NAE_EAA_T-354_Tartu_Tamme_Gumnaasium, lk 16
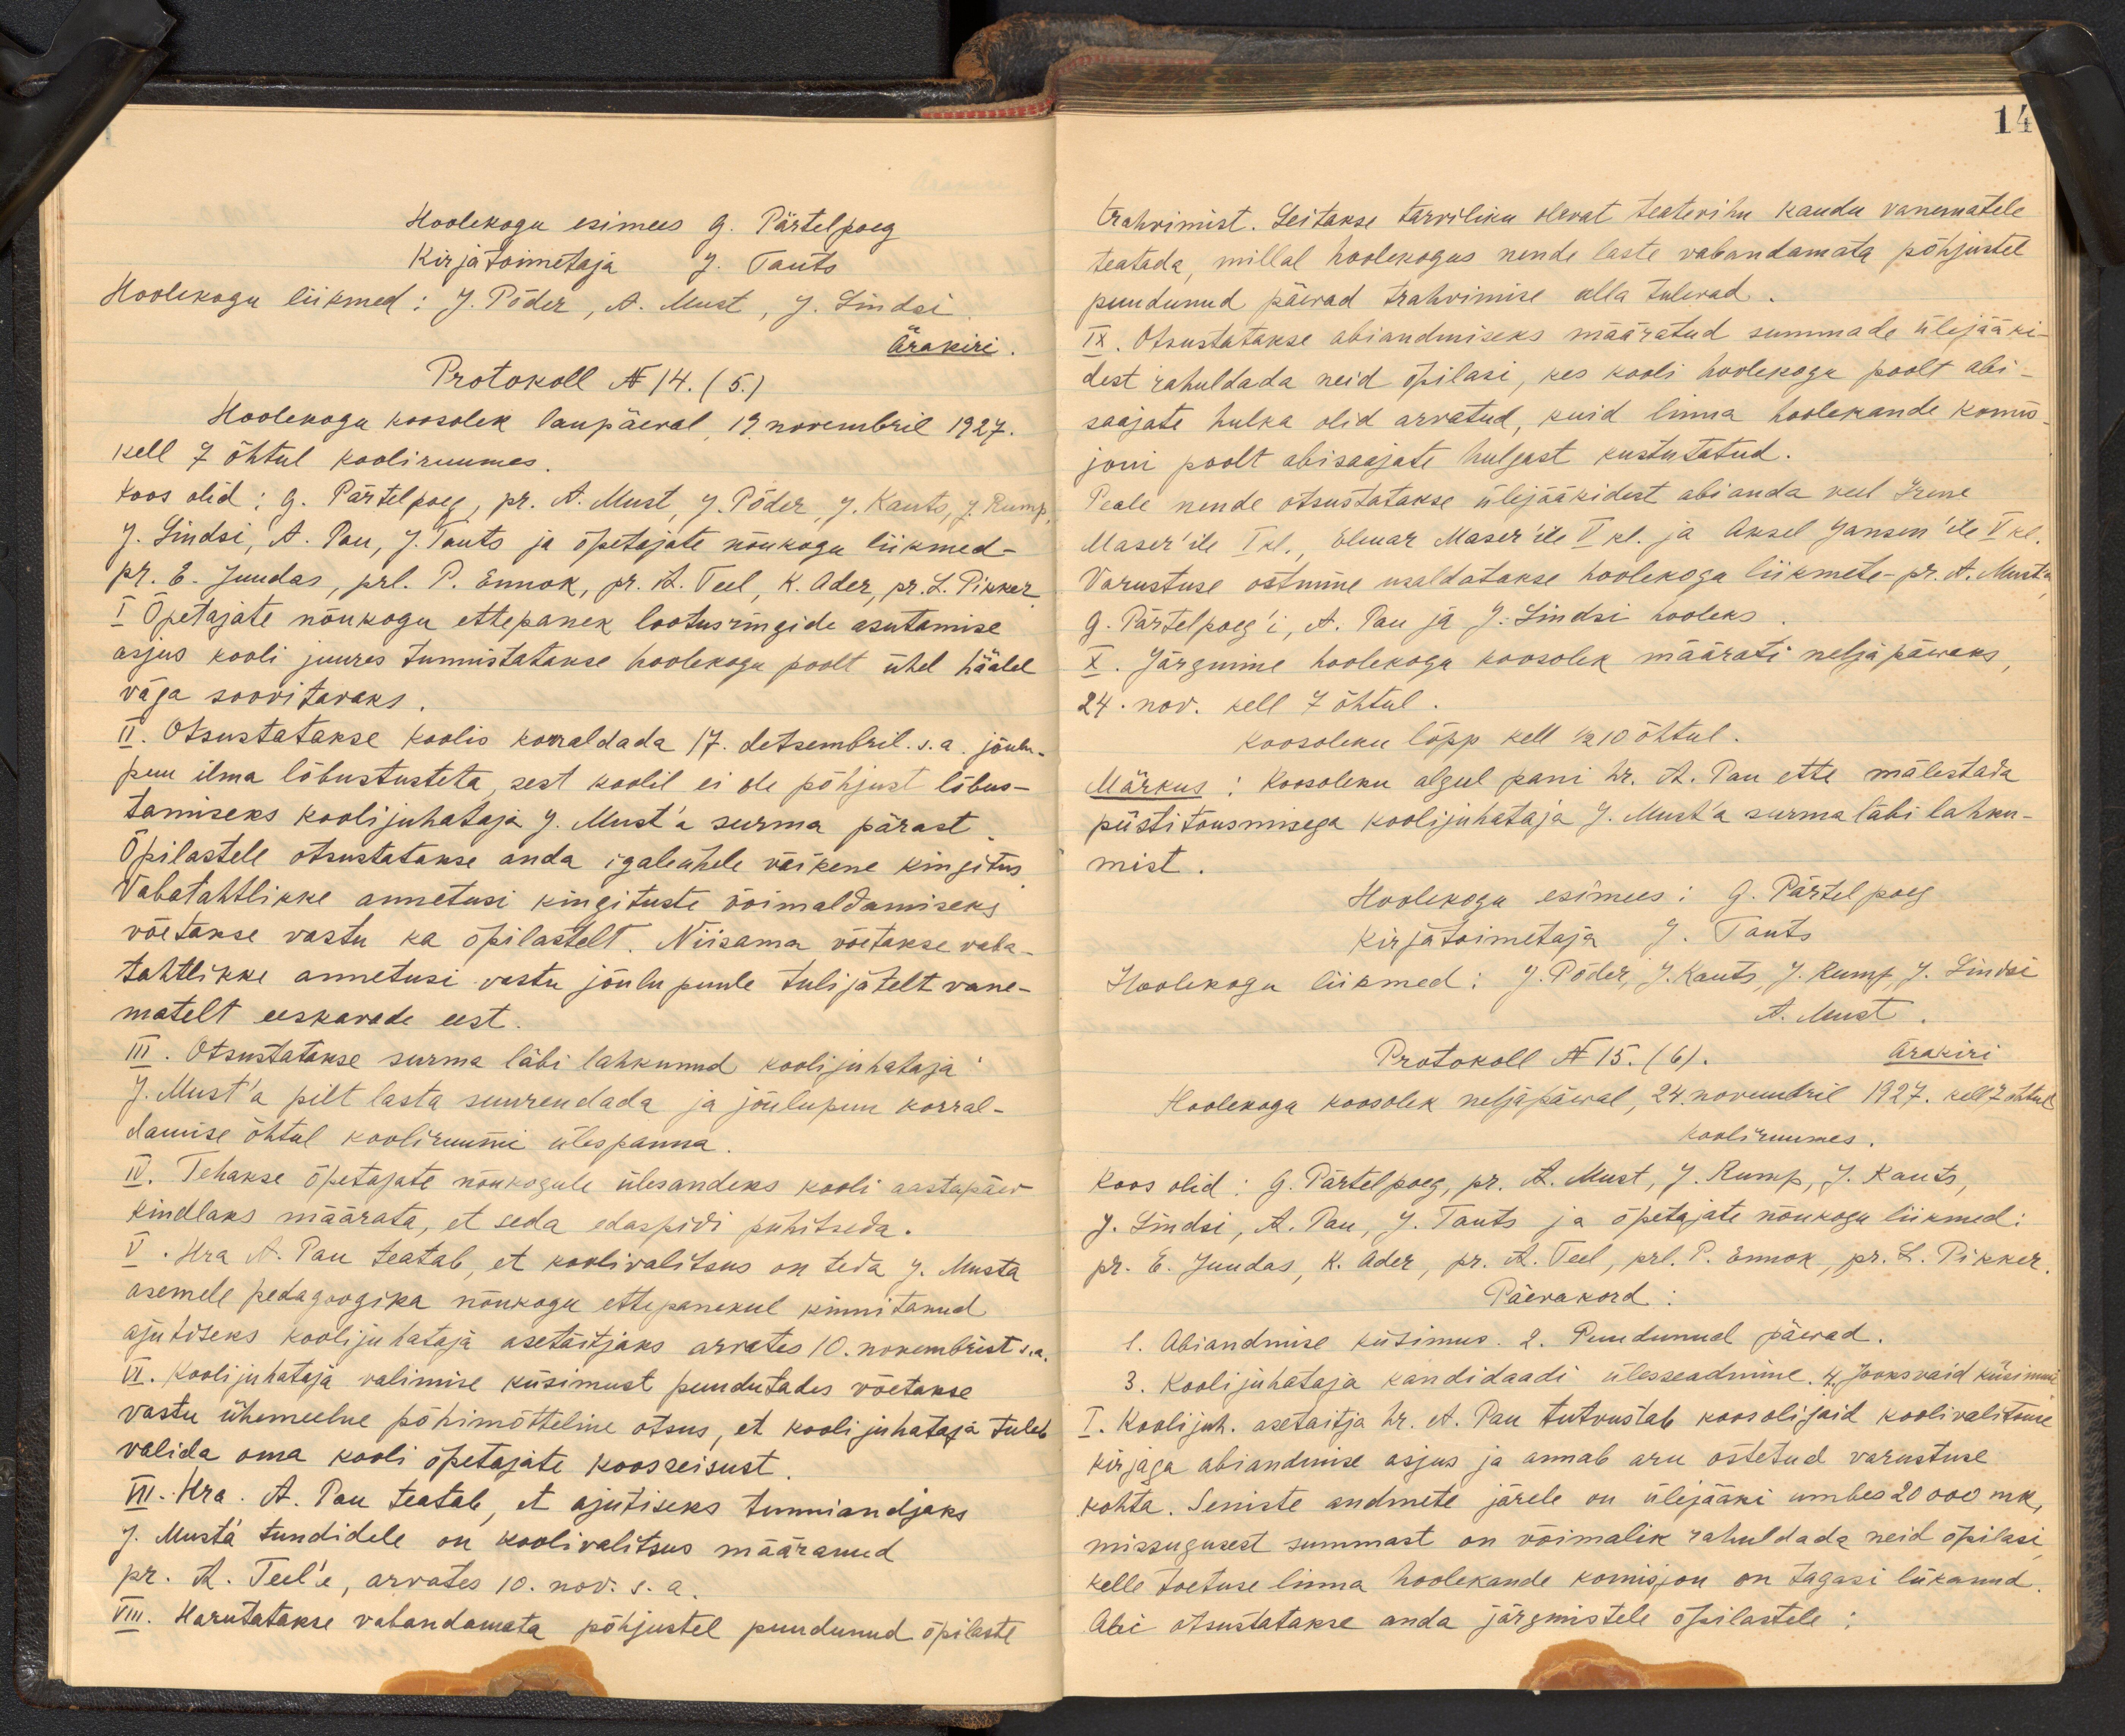
14

Hoolekogu esimees G. Pärtelpoeg
Kirjatoimetaja J. Tauts.
Hoolekogu liikmed: J. Põder, A. Must, J. Lindsi
Ärakiri.
Protokoll No 14. (5)
Hoolekogu koosolek laupäeval 19 novembril 1927.
kell 7 õhtul kooliruumes.
Koos olid: G. Pärtelpoeg, pr. A. Must, J. Põder, J. Kauts, J Rump.
J. Lindsi, A. Pau, J. Tauts ja õpetajate nõukogu liikmed-
рг. E. Juudas, prl. P. Ennok, pr. R. Teel, K. Ader, pr. L. Pikker
I Õpetajate nõukogu ettepanek lootusringide asutamise
asjus kooli juures tunnistatakse hoolekogu poolt ühel häälel
väga soovitavaks.
II. Otsustatakse koolis korraldada 17. detsembril. s.a. jõulu-
puu ilma lõbustusteta, sest koolil ei ole põhjust lõbus-
tamiseks kooli juhataja J. Must'a surma pärast
Õpilastele otsustatakse anda igaleühele väikene kingitus
Vabatahtlikke annetusi kingituste võimaldamiseks
võetakse vastu ka õpilastelt. Niisama võitakse vaba-
tahtlikke annetusi vastu jõulu puule tulijatelt vane-
matelt eeskavade eest.
III. Otsustatakse surma läbi lahkunud kooli juhataja
J. Must'a pilt lasta suurendada ja jõulupuu korral-
damise õhtul kooliruumi ülespanna.
IV. Tehakse õpetajate nõukogule ülesandeks kooli aastapäev
kindlaks määrata, et seda edaspidi pühitseda.
V. Hra A. Pau teatab, et koolivalitsus on teda J. Musta
asemele pedagoogika nõukogu ettepanekul kinnitanud
ajutiseks koolijuhataja asetäitjaks arvates 10. novembrist s.a.
VI. Kooli juhataja valimise küsimust puudutades võetakse
vastu ühemeelne põhimõtteline otsus, et kooli juhataja tuleb
valida oma kooli õpetajate koosseisust.
VII. Hra. A. Pau teatab, et ajutiseks tunniandjaks
J. Musta tundidele on koolivalitsus määranud
pr. R. Teel'e, arvates 10. nov. s.a.
VIII. Harutatakse vabandamata põhjustel puudunud õpilaste

trahvimist. Leitakse tarviliku olevat teatevihu kaudu vanematele
teatada, millal hoolekogus nende laste vabandamata põhjustel
puudunud päevad trahvimise alla tulevad.
IX. Otsustatakse abiandmiseks määratud summade ülejääki
dest rahuldada neid õpilasi, kes kooli hoolekogu poolt abi-
saajate hulka olid arvatud, kuid linna hoolekande komis
joni poolt abisaajate hulgast kustutatud.
Peale nende otsustatakse ülejääkidest abi anda veel Irene
Maser'ile I kl. Elmar Maser'ile V. kl. ja Aksel Jansen'ile V kl
Varustuse ostmine usaldatakse hoolekogu liikmete- pr. A. Musta
G. Pärtelpoeg'i, et. Pau ja J. Lindsi hooleks
X. Järgmine hoolekogu koosolek määrati neljapäevaks
24. nov. kell 7 õhtul
Koosoleku lõpp kell 1/2 10 õhtul.
Märkus: Koosoleku algul pani hr. A. Pau ette mälestada
püstitõusmisega koolijuhataja J. Must'a surma läbi lahku-
mist.
Hoolekogu esimees: G. Pärtelpoeg
kirjatoimetaja J. Tauts
Hoolekogu liikmed: J. Põder, J. Kauts J. Rump, J. Lindsi
A. Must.
Protokoll No 15. (6). ärakiri
Hoolekogu koosolek neljapäeval, 24. novembril 1927. kell 7. õhtul
Kooliruumes.
Koos olid: G. Pärtelpoeg, pr. A. Must, J. Rump, J. Kauts,
J. Lindsi, A. Pau, J Tauts ja õpetajate nõukogu liikmed.
pr. E. Juudas, K. Ader, pr. A. Teel, prl. P. Ennok, pr. L. Pikker
Päevakord
1. Abiandmise küsimus. 2. Puudunud päevad.
3. Kooli juhataja kandidaadi ülesseadmine. 4.  Jooksvaid küsimus
I. Kooli juh. asetaitja hr. A. Pau tutvustab koosolijaid koolivalitsuse
kirjaga abiandmise asjus ja annab aru ostetud varustuse
kohta. Seniste andmete järele on ülejääki umbes 20 000 mk,
missugusest summast on võimalik rahuldada neid õpilasi
kelle toetuse linna hoolekande komisjon on tagasi lükanud.
Abi otsustatakse anda järgmistele õpilastele